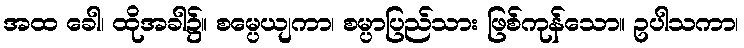
အထ ခေါ၊ ထိုအခါ၌။ စမ္ပေယျကာ၊ စမ္ပာပြည်သား ဖြစ်ကုန်သော။ ဥပါသကာ၊